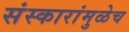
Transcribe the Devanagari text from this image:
संस्कारांमुळेच